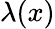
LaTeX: \lambda(x)